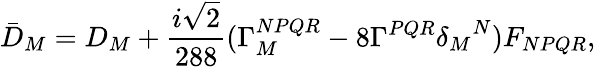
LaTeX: {\bar{D}}_{M}=D_{M}+\frac{i\sqrt{2}}{288}(\Gamma_{M}^{NPQR}-8\Gamma^{PQR}{\delta_{M}}^{N})F_{NPQR},